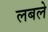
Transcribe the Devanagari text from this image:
लबले